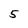
Character: 5